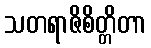
သတရာဇိစိတ္တိတာ